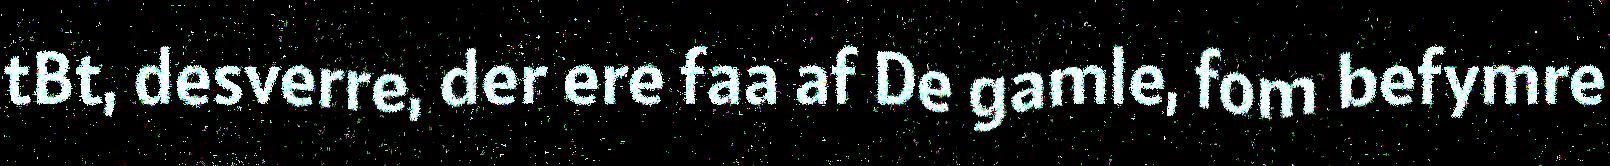
tBt, desverre, der ere faa af De gamle, fom befymre